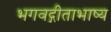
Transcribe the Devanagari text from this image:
भगवद्गीताभाष्य